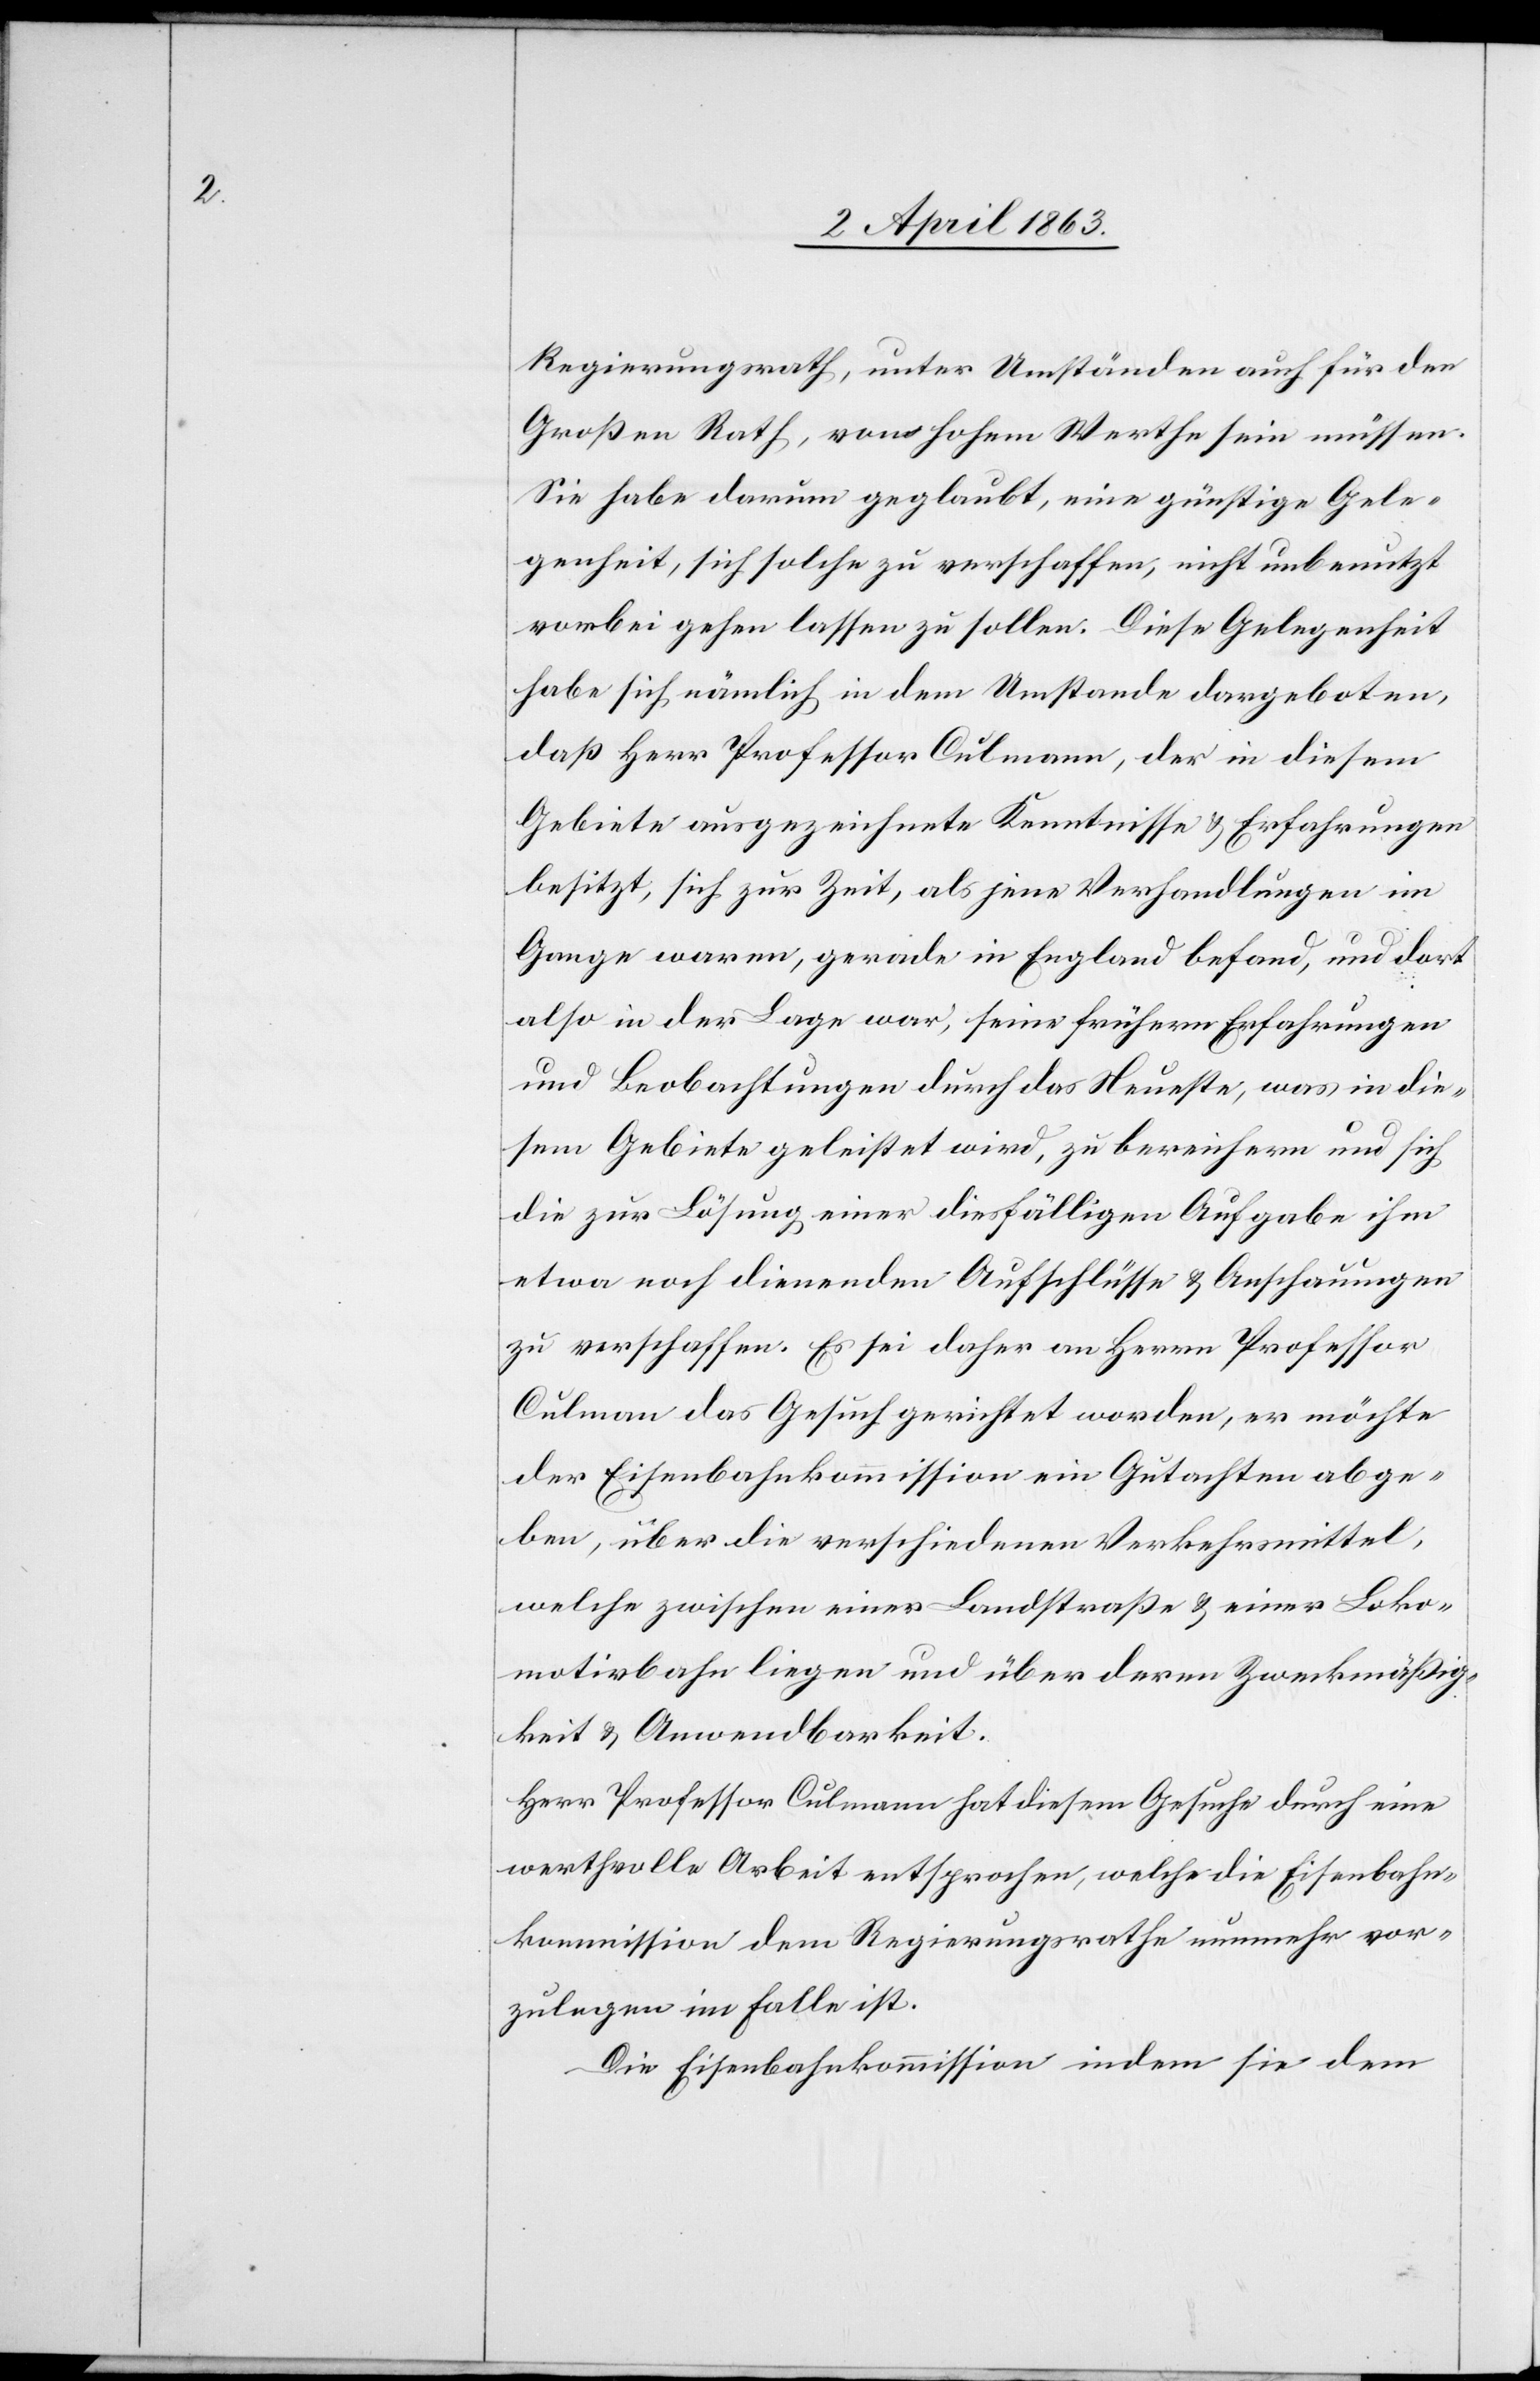
Regierungsrath, unter Umständen auch für den
Großen Rath, von hohem Werthe sein müssen.
Sie habe darum geglaubt, eine günstige Gele¬
genheit, sich solche zu verschaffen, nicht unbenutzt
vorbei gehen lassen zu sollen. Diese Gelegenheit
habe sich nämlich in dem Umstande dargeboten,
daß Herr Professor Culmann, der in diesem
Gebiete ausgezeichnete Kenntnisse & Erfahrungen
besitzt, sich zur Zeit, als jene Verhandlungen im
Gange waren, gerade in England befand, und dort
also in der Lage war, seine frühern Erfahrungen
und Beobachtungen durch das Neueste, was in die¬
sem Gebiete geleistet wird, zu bereichern und sich
die zur Lösung einer diesfälligen Aufgabe ihm
etwa noch dienenden Aufschlüsse & Anschauungen
zu verschaffen. Es sei daher an Herrn Professor
Culman [sic!] das Gesuch gerichtet worden, er möchte
der Eisenbahnkommission ein Gutachten abge¬
ben, über die verschiedenen Verkehrsmittel,
welche zwischen einer Landstraße & einer Loko¬
motivbahn liegen und über deren Zweckmäßig¬
keit & Anwendbarkeit.
Herr Professor Culmann hat diesem Gesuche durch eine
werthvolle Arbeit entsprochen, welche die Eisenbahn¬
kommission dem Regierungsrathe nunmehr vor¬
zulegen im Falle ist.
Diese Eisenbahnkommission indem sie dem